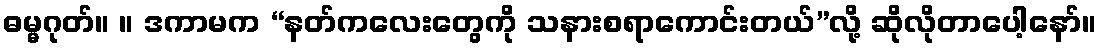
ဓမ္မဂုတ်။ ။ ဒကာမက “နတ်ကလေးတွေကို သနားစရာကောင်းတယ်”လို့ ဆိုလိုတာပေါ့နော်။